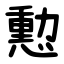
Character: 憅